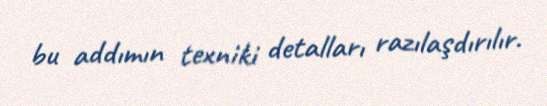
bu addımın texniki detalları razılaşdırılır.